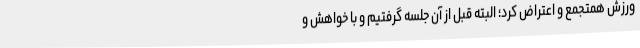
ورزش همتجمع و اعتراض کرد؛ البته قبل از آن جلسه گرفتیم و با خواهش و